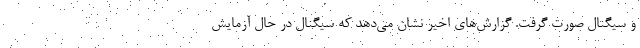
و سیگنال صورت گرفت. گزارش‌های اخیر نشان می‌دهد که سیگنال در حال آزمایش